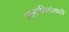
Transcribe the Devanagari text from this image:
जालपत्रिकांसाठी